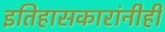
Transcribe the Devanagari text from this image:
इतिहासकारांनीही